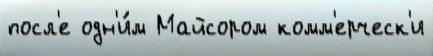
посл'е одн'и́м Майсором комм'ерческ'и